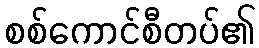
စစ်ကောင်စီတပ်၏